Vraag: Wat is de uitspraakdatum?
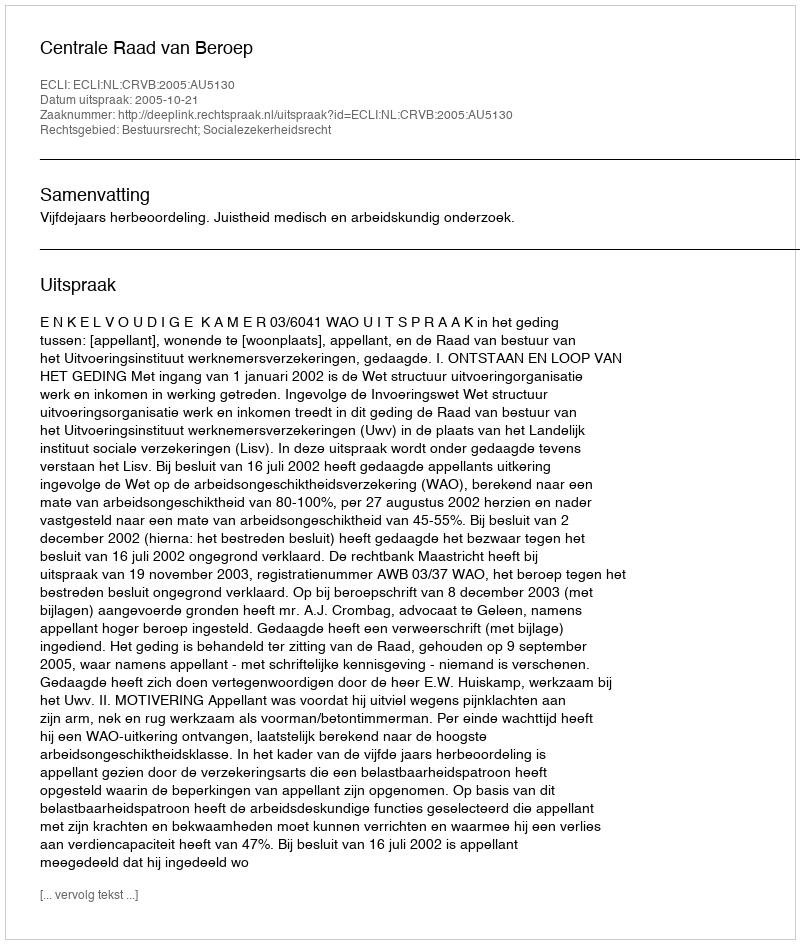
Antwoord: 2005-10-21